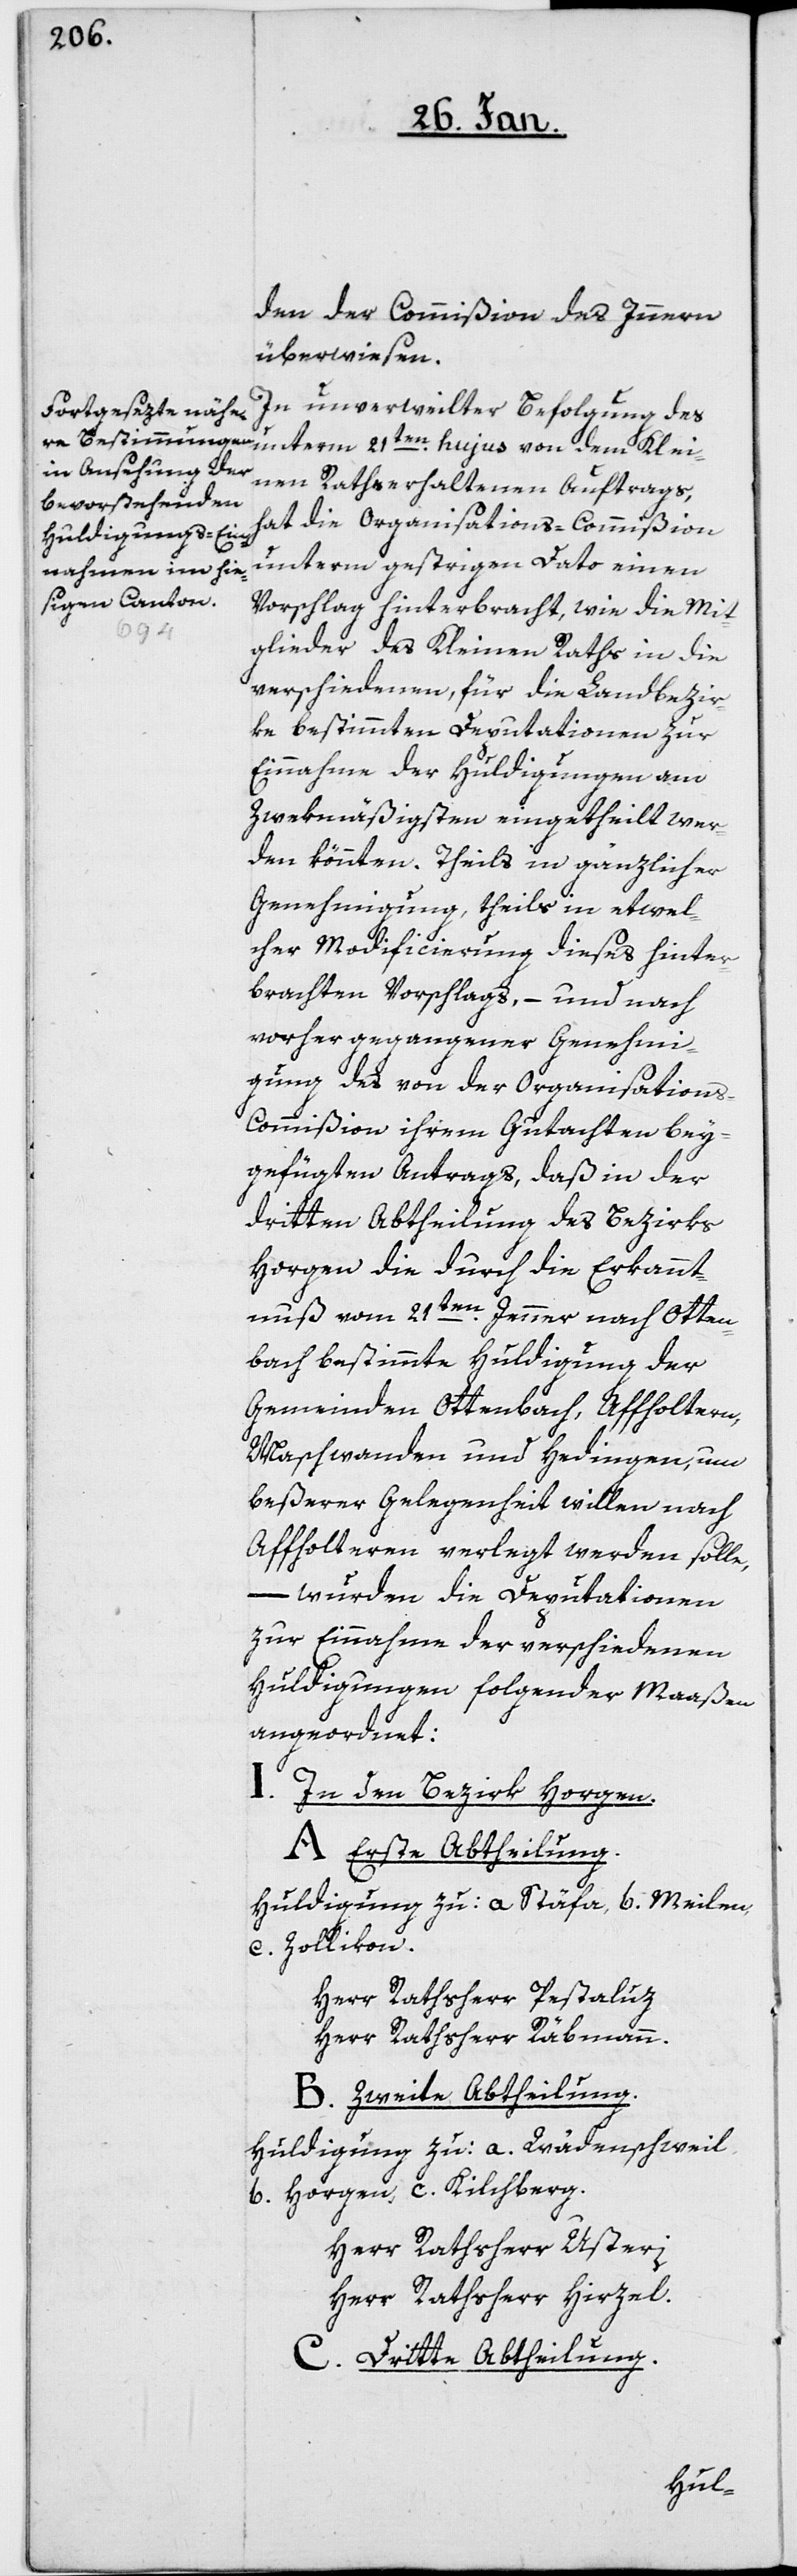
den der Vommißion des Innern
überwiesen.
In unverweilter Befolgung des
inen Rathe erhaltenen Auftrags,
hat die Organisations-Commißion
unterm gestrigen Dato einen
Vorschlag hinterbracht, wie die Mit¬
glieder des Kleinen Raths in die
verschiedenen, für die Landbezir¬
ke bestimmten Deputationen zur
Einnahme der Huldigungen am
Zwekmäßigsten eingetheilt wer¬
den könnten. Theils in gänzlicher
Genehmigung, theils in etwel¬
cher Modificierung dieses hinter¬
brachten Vorschlags, – und nach
vorher gegangener Genehmi¬
gung des von der Organisation¬
s-Commißion ihrem Gutachten bey¬
gefügten Antrags, daß in der
dritten Abtheilung des Bezirks
Horgen die durch die Erkannt¬
nuß vom 21sten Jenner nach Otten¬
bach bestimmte Huldigung der
Gemeinden Ottenbach, Affholtern,
Maschwanden und Hedingen, um
beßerer Gelegenheit willen, nach
Affholtern verlegt werden solle,
– wurden die Deputationen
zur Einnahme der verschiedenen
Huldigungen folgender Maaßen
angeordnet:
I. In den Bezirk Horgen.
A Erste Abtheilung.
Huldigung zu: a Stäfa, b. Meilen,
c. Zollikon.
Herr Rathsherr Pestaluz
Herr Rathsherr Räbmann.
B. Zweite Abtheilung.
Huldigung zu: a. Wädenschweil
b. Horgen c. Kilchberg.
Herr Rathsherr Usteri
Herr Rathsherr Hirzel.
C Dritte Abtheilung.
Kle¬